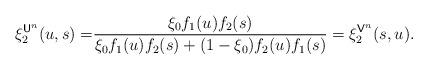
LaTeX: \begin{align*}\xi_2^{\mathsf{U}^n}(u,s)=&\frac{\xi_0 f_1(u)f_2(s)}{\xi_0f_1(u)f_2(s)+(1-\xi_0)f_2(u)f_1(s)}=\xi_2^{\mathsf{V}^n}(s,u).\end{align*}